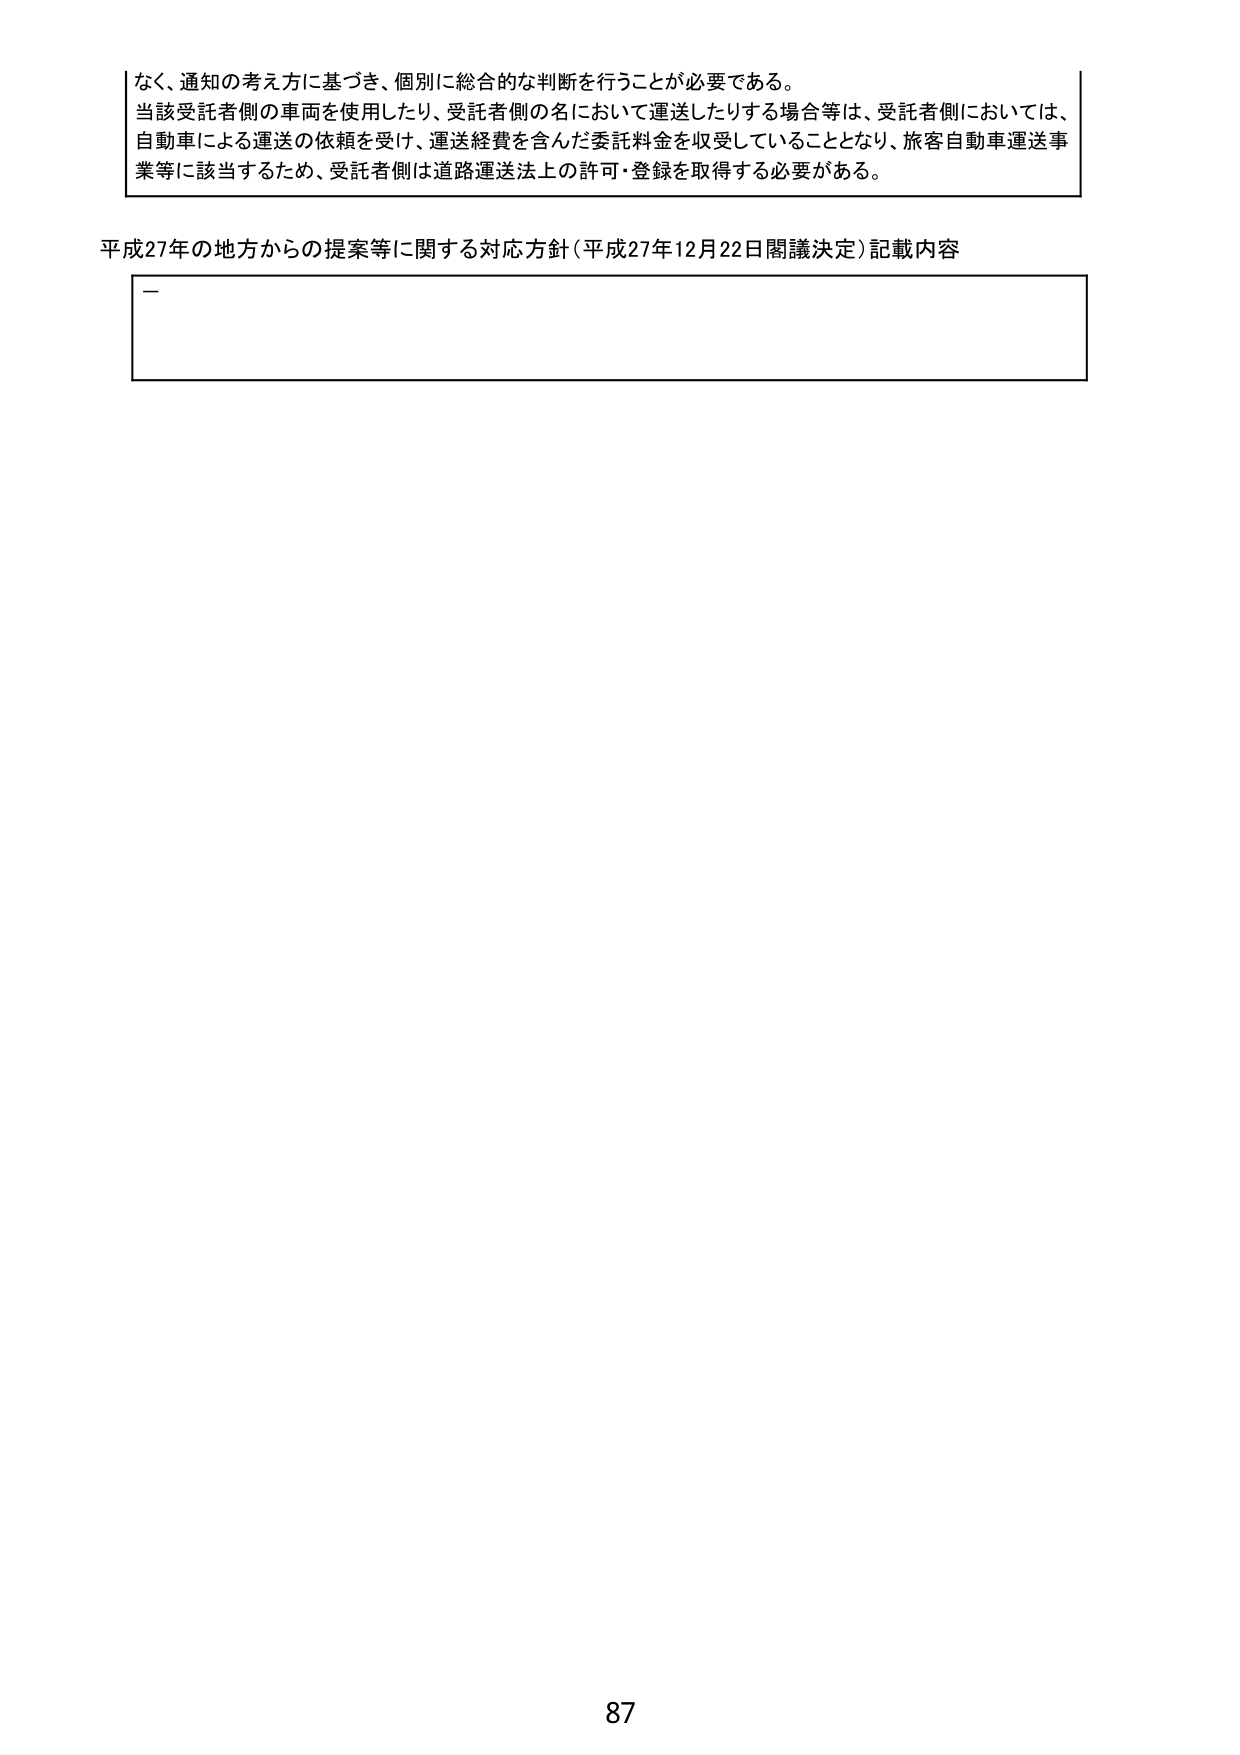
なく、通知の考え方に基づき、個別に総合的な判断を行うことが必要である。
当該受託者側の車両を使用したり、受託者側の名において運送したりする場合等は、受託者側においては、
自動車による運送の依頼を受け、運送経費を含んだ委託料金を収受していることとなり、旅客自動車運送事業等に該当するため、受託者側は道路運送法上の許可・登録を取得する必要がある。

平成27年の地方からの提案等に関する対応方針（平成27年12月22日閣議決定）記載内容
－

87